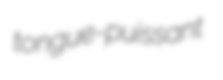
tongue-puissant